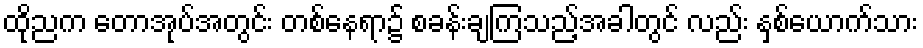
ထိုညက တောအုပ်အတွင်း တစ်နေရာ၌ စခန်းချကြသည့်အခါတွင် လည်း နှစ်ယောက်သား